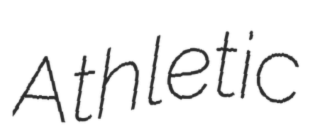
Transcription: Athletic